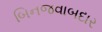
બિનજવાબદાર